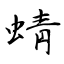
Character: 蜻